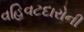
વહિવટદારોની